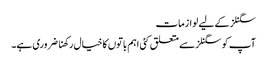
سگنلز کے لیے لوازمات
آپ کو سگنلز سے متعلق کئی اہم باتوں کا خیال رکھنا ضروری ہے۔